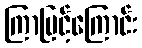
ကြာမြင့်ကြောင်း